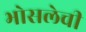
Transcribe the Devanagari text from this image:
भोसलेची